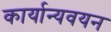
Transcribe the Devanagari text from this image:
कार्यान्यवयन